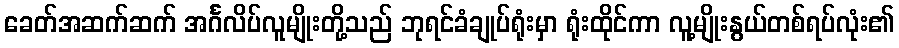
ခေတ်အဆက်ဆက် အင်္ဂလိပ်လူမျိုးတို့သည် ဘုရင်ခံချုပ်ရုံးမှာ ရုံးထိုင်ကာ လူ့မျိုးနွယ်တစ်ရပ်လုံး၏